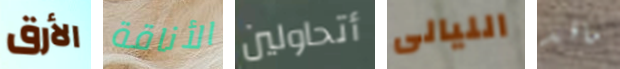
الأرق الأناقة أتحاولين الليالى ماقد